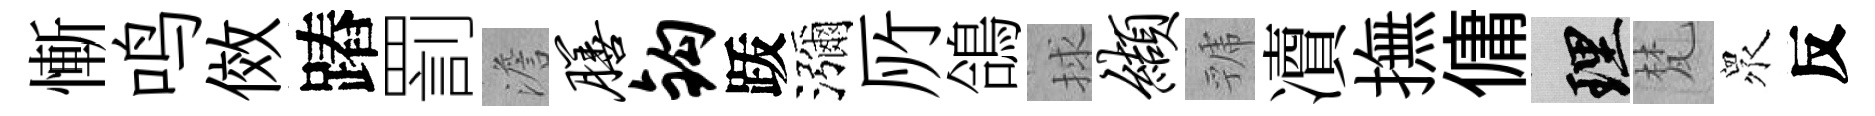
慚鸣傚蹖罰澹膳钩䟦瀰𠩄鴿捄缬虢凟撫傭理梵衆反